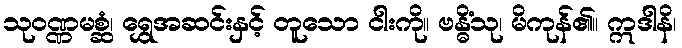
သုဝဏ္ဏမစ္ဆံ၊ ရွှေအဆင်းနှင့် တူသော ငါးကို။ ဗန္ဓိံသု၊ မိကုန်၏။ ဣဒါနိ၊